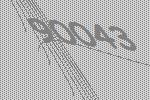
90043